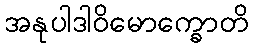
အနုပါဒါဝိမောက္ခောတိ